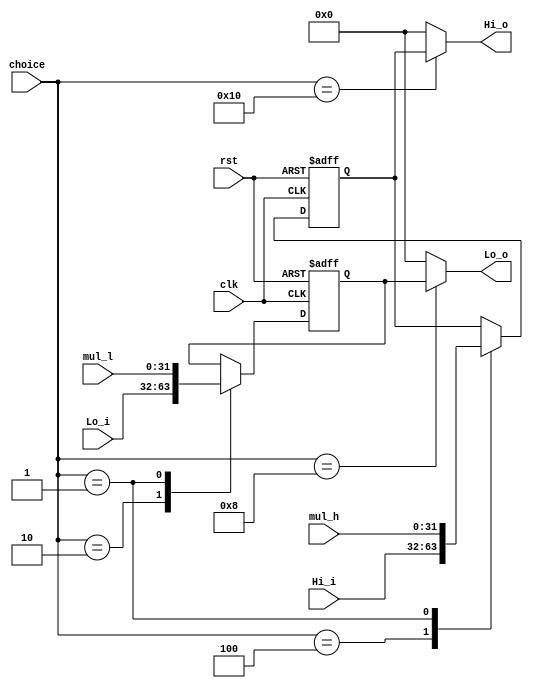
`timescale 1ns / 1ps
//////////////////////////////////////////////////////////////////////////////////
// Company: 
// Engineer: 
// 
// Design Name: 
// Module Name: Hi_Lo
// Project Name: 
// Target Devices: 
// Tool Versions: 
// Description: 
// 
// Dependencies: 
// 
// Revision:
// Revision 0.01 - File Created
// Additional Comments:
// 
//////////////////////////////////////////////////////////////////////////////////


module Hi_Lo(
input clk,
input rst,
input [4:0] choice,
input [31:0] Hi_i,
input [31:0] Lo_i,
input [31:0] mul_h,
input [31:0] mul_l,
output [31:0] Hi_o,
output [31:0] Lo_o
    );
reg [31:0] H;
reg [31:0] L;


parameter MFHI = 5'b10000, 
          MFLO = 5'b01000,
          MTHI = 5'b00100,
          MTLO = 5'b00010,
          D_M  = 5'b00001;
          
assign Hi_o =(choice == MFHI) ? H : 0;
assign Lo_o =(choice == MFLO) ? L : 0;


always @(posedge clk or posedge rst)begin
  if(rst)begin
    H = 0;
    L = 0;
  end
  else begin
    case (choice)
        MTHI:
            H = Hi_i; 
        MTLO:
            L = Lo_i;
        D_M:begin 
            H = mul_h;
            L = mul_l;
        end
        default: begin
            H = H;
            L = L;
        end
    endcase
  end
end
endmodule